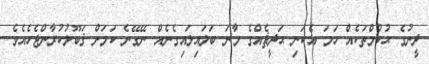
ދީނުގެ ޙުކުމްތަކެއް ހަމަ އެކަނި ޙަދީޘެއްގެ މާނަ ބަލައިލައިގެނެއް ނޭގޭނެ ކަމަށް ޤަބޫލުކުރާންޖެހެއެވެ.